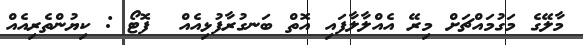
މާލޭގެ މަގުމައްޗަށް މިރޭ އެއްލާލާފައި އޮތް ބަނގުރާފުޅިއެއް  ފޮޓޯ : ކިޔުންތެރިއެއް